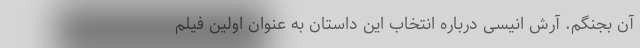
آن بجنگم. آرش انیسی درباره انتخاب این داستان به عنوان اولین فیلم